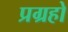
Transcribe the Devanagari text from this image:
प्रग्रहो